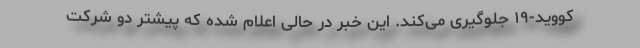
کووید-۱۹ جلوگیری می‌کند. این خبر در حالی اعلام شده که پیشتر دو شرکت